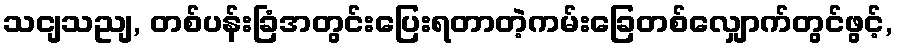
သငျသညျ, တစ်ပန်းခြံအတွင်းပြေးရတာတဲ့ကမ်းခြေတစ်လျှောက်တွင်ဖွင့်,